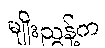
မျိုးညွန့်က